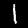
Digit: 1